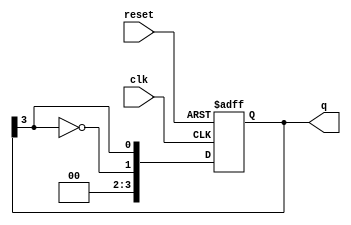
module johnson_counter #(
    parameter N = 4  // Number of flip-flops (can be changed as needed)
)(
    input wire clk,       // Clock input
    input wire reset,     // Asynchronous reset input
    output reg [N-1:0] q  // Counter output
);

    // Always block triggered on the rising edge of the clock or reset
    always @(posedge clk or posedge reset) begin
        if (reset) begin
            // Reset the counter to all zeros
            q <= {N{1'b0}};
        end else begin
            // Johnson counter logic
            q <= {~q[N-1], q[N-1:N-1]}; // Shift right and feed inverted last bit to first
        end
    end

endmodule